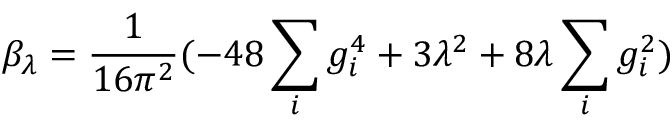
\beta _ { \lambda } = \frac { 1 } { 1 6 \pi ^ { 2 } } ( - 4 8 \sum _ { i } g _ { i } ^ { 4 } + 3 \lambda ^ { 2 } + 8 \lambda \sum _ { i } g _ { i } ^ { 2 } )